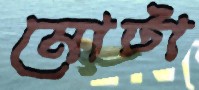
মোটা